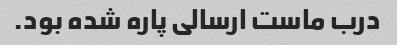
درب ماست ارسالی پاره شده بود.